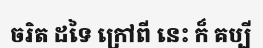
ចរិត ដទៃ ក្រៅពី នេះ ក៏ គប្បី